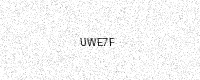
Text: UWE7F